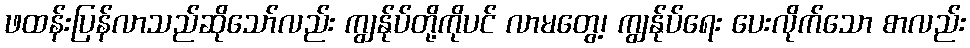
ဖထန်းပြန်လာသည်ဆိုသော်လည်း ကျွန်ုပ်တို့ကိုပင် လာမတွေ့၊ ကျွန်ုပ်ရေး ပေးလိုက်သော စာလည်း